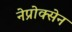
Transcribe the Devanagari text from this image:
नेप्रोक्सेन